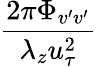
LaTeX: \frac{2\pi\Phi_{v^{\prime}v^{\prime}}}{\lambda_{z}u_{\tau}^{2}}